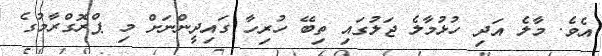
އެވެ. މާލެ އަދި ހުޅުމާލެ ޖަލުގައި ތިބޭ ހުރިހާ ގައިދީންނަށް މި ޕްރޮގްރާމުގެ